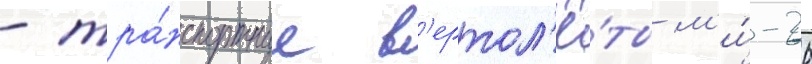
- тра́нспортные в'ертол'ё́ты м'и́-26